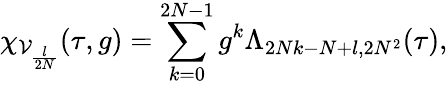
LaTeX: \chi_{\mathcal{V}_{\frac{l}{2N}}}(\tau,g)=\sum_{k=0}^{2N-1}g^{k}\Lambda_{2Nk-N+l,2N^{2}}(\tau),